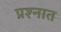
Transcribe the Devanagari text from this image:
प्रश्‍नात